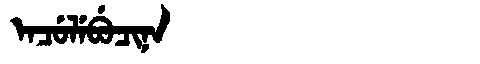
Manchu: ᡝᠨᠴᡠᠯᡝᠪᡠᠴᡳᠨᠠ
Romanization: ENCULEBUCINA